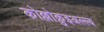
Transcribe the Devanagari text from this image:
कोल्लोक़ुइअल्ल्य